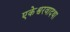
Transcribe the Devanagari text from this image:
एकेश्वरवादथा